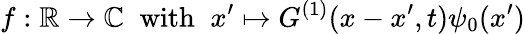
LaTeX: f:\mathbb{R}\rightarrow\mathbb{C}\; \; \textrm{with}\; \; x^{\prime}\mapsto G^{(1)}(x-x^{\prime},t)\psi_{0}(x^{\prime})